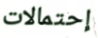
إحتمالات